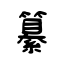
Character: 纂